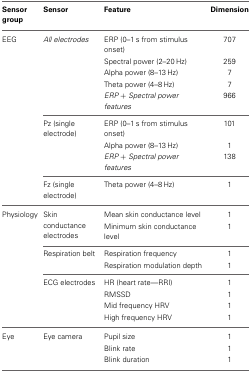
<table><thead><tr><td><b>Sensor group</b></td><td><b>Sensor</b></td><td><b>Feature</b></td><td><b>Dimension</b></td></tr></thead><tbody><tr><td>EEG</td><td><i>All electrodes</i></td><td>ERP (0–1 s from stimulus onset)</td><td>707</td></tr><tr><td></td><td></td><td>Spectral power (2–20 Hz)</td><td>259</td></tr><tr><td></td><td></td><td>Alpha power (8–13 Hz)</td><td>7</td></tr><tr><td></td><td></td><td>Theta power (4–8 Hz)</td><td>7</td></tr><tr><td></td><td></td><td><i>ERP + Spectral power features</i></td><td>966</td></tr><tr><td></td><td>Pz (single electrode)</td><td>ERP (0–1 s from stimulus onset)</td><td>101</td></tr><tr><td></td><td></td><td>Alpha power (8–13 Hz)</td><td>1</td></tr><tr><td></td><td></td><td><i>ERP + Spectral power features</i></td><td>138</td></tr><tr><td></td><td>Fz (single electrode)</td><td>Theta power (4–8 Hz)</td><td>1</td></tr><tr><td>Physiology</td><td rowspan="2">Skin conductance electrodes</td><td>Mean skin conductance level</td><td>1</td></tr><tr><td></td><td>Minimum skin conductance level</td><td>1</td></tr><tr><td></td><td>Respiration belt</td><td>Respiration frequency</td><td>1</td></tr><tr><td></td><td></td><td>Respiration modulation depth</td><td>1</td></tr><tr><td></td><td>ECG electrodes</td><td>HR (heart rate—RRI)</td><td>1</td></tr><tr><td></td><td></td><td>RMSSD</td><td>1</td></tr><tr><td></td><td></td><td>Mid frequency HRV</td><td>1</td></tr><tr><td></td><td></td><td>High frequency HRV</td><td>1</td></tr><tr><td>Eye</td><td>Eye camera</td><td>Pupil size</td><td>1</td></tr><tr><td></td><td></td><td>Blink rate</td><td>1</td></tr><tr><td></td><td></td><td>Blink duration</td><td>1</td></tr></tbody></table>